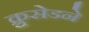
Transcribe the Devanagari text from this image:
क्रुसेडने